Report of the Bombay Plague Committee
Disease focus: Plague
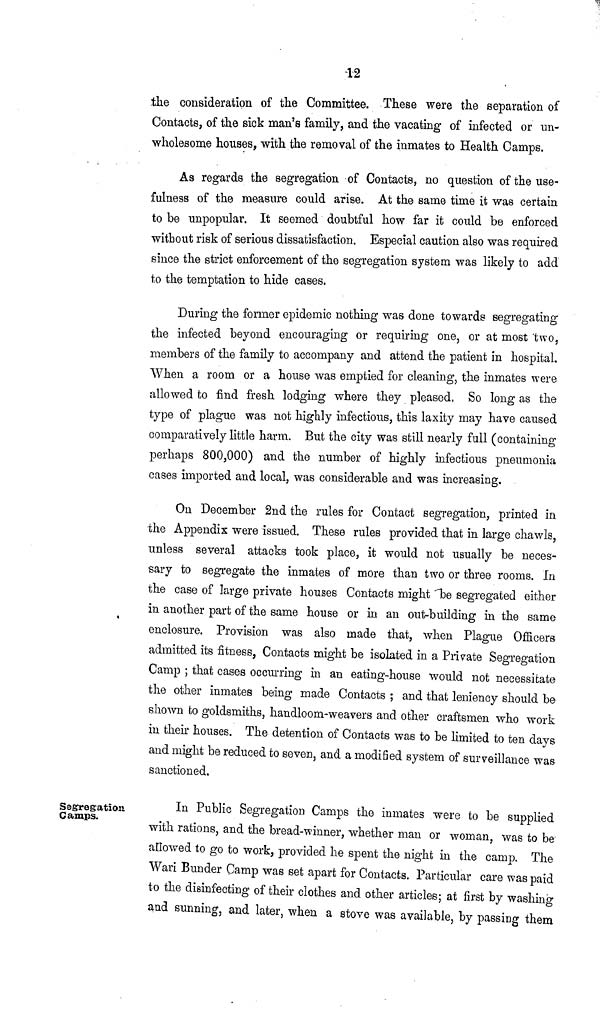
12
the consideration of the Committee. These were the separation of
Contacts, of the sick man's family, and the vacating of infected or un-
wholesome houses, with the removal of the inmates to Health Camps.
As regards the segregation of Contacts, no question of the use-
fulness of the measure could arise. At the same time it was certain
to be unpopular. It seemed doubtful how far it could be enforced
without risk of serious dissatisfaction. Especial caution also was required
since the strict enforcement of the segregation system was likely to add
to the temptation to hide cases.
During the former epidemic nothing was done towards segregating
the infected beyond encouraging or requiring one, or at most two,
members of the family to accompany and attend the patient in hospital.
When a room or a house was emptied for cleaning, the inmates were
allowed to find fresh lodging where they pleased, So long as the
type of plague was not highly infectious, this laxity may have caused
comparatively little harm. But the city was still nearly full (containing
perhaps 800,000) and the number of highly infectious pneumonia
cases imported and local, was considerable and was increasing.
On December 2nd the rules for Contact segregation, printed in
the Appendix were issued. These rules provided that in large chawls,
unless several attacks took place, it would not usually be neces-
sary to segregate the inmates of more than two or three rooms. In
the case of large private houses Contacts might be segregated either
in another part of the same house or in an out-building in the same
enclosure. Provision was also made that, when Plague Officers
admitted its fitness, Contacts might be isolated in a Private Segregation
Camp ; that cases occurring in an eating-house would not necessitate
the other inmates being made Contacts ; and that leniency should be
shown to goldsmiths, handloom-weavers and other craftsmen who work
in their houses. The detention of Contacts was to be limited to ten days
and might be reduced to seven, and a modified system of surveillance was
sanctioned.
Segregation
Gamps.
In Public Segregation Camps the inmates were to be supplied
with rations, and the bread-winner, whether man or woman, was to be
allowed to go to work, provided he spent the night in the camp. The
Wari Bunder Camp was set apart for Contacts. Particular care was paid
to the disinfecting of their clothes and other articles; at first by washing
and sunning, and later, when a stove was available, by passing them